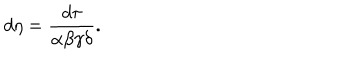
LaTeX: d \eta = \frac { d \tau } { \alpha \beta \gamma \delta } .